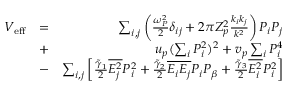
\begin{array} { r l r } { V _ { \mathrm { e f f } } } & { = } & { \sum _ { i , j } \left( \frac { \omega _ { P } ^ { 2 } } { 2 } \delta _ { i j } + 2 \pi Z _ { p } ^ { 2 } \frac { k _ { i } k _ { j } } { k ^ { 2 } } \right) P _ { i } P _ { j } } \\ & { + } & { u _ { p } ( \sum _ { i } P _ { i } ^ { 2 } ) ^ { 2 } + v _ { p } \sum _ { i } P _ { i } ^ { 4 } } \\ & { - } & { \sum _ { i , j } \left[ \frac { \tilde { \gamma } _ { 1 } } { 2 } \overline { { E _ { j } ^ { 2 } } } P _ { i } ^ { 2 } + \frac { \tilde { \gamma } _ { 2 } } { 2 } \overline { { E _ { i } E _ { j } } } P _ { i } P _ { \beta } + \frac { \tilde { \gamma } _ { 3 } } { 2 } \overline { { E _ { i } ^ { 2 } } } P _ { i } ^ { 2 } \right] } \end{array}